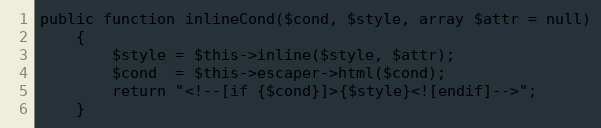
Language: PHP
public function inlineCond($cond, $style, array $attr = null)
    {
        $style = $this->inline($style, $attr);
        $cond  = $this->escaper->html($cond);
        return "<!--[if {$cond}]>{$style}<![endif]-->";
    }